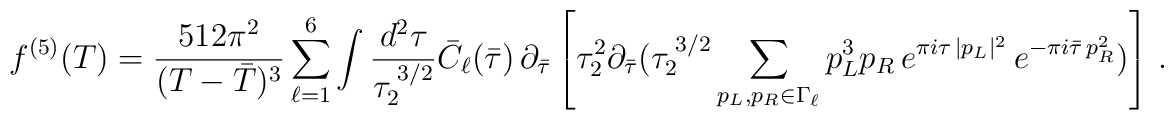
f^{(5)}(T)= {512\pi^2 \over (T-{\bar T})^3} \sum_{\ell=1}^6\int\frac{d^2\tau}{\tau_{2}^{\; 3/2}}\bar{C}_{\ell}(\bar{\tau})\,\partial_{\bar{\tau}}\left[ \tau_2^2 \partial_{\bar{\tau}} (\tau_{2}^{\; 3/2}\sum_{p_L,p_R\in \Gamma_{\ell}}p_L^3{p}_{R}\, e^{\pi i\tau\, |p_{L}|^2}\,e^{-\pi i \bar{\tau}\, p_{R}^2})\right]\, .